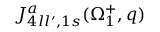
{ \cal J } _ { 4 l l ^ { \prime } , 1 s } ^ { a } ( \Omega _ { 1 } ^ { + } , q )